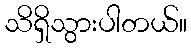
သိရှိသွားပါတယ်။